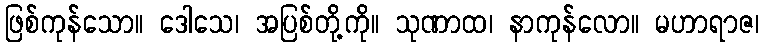
ဖြစ်ကုန်သော။ ဒေါသေ၊ အပြစ်တို့ကို။ သုဏာထ၊ နာကုန်လော။ မဟာရာဇ၊